38_143685_box7_Incident_Summaries_1-100
Agency: Department of War
Page 151
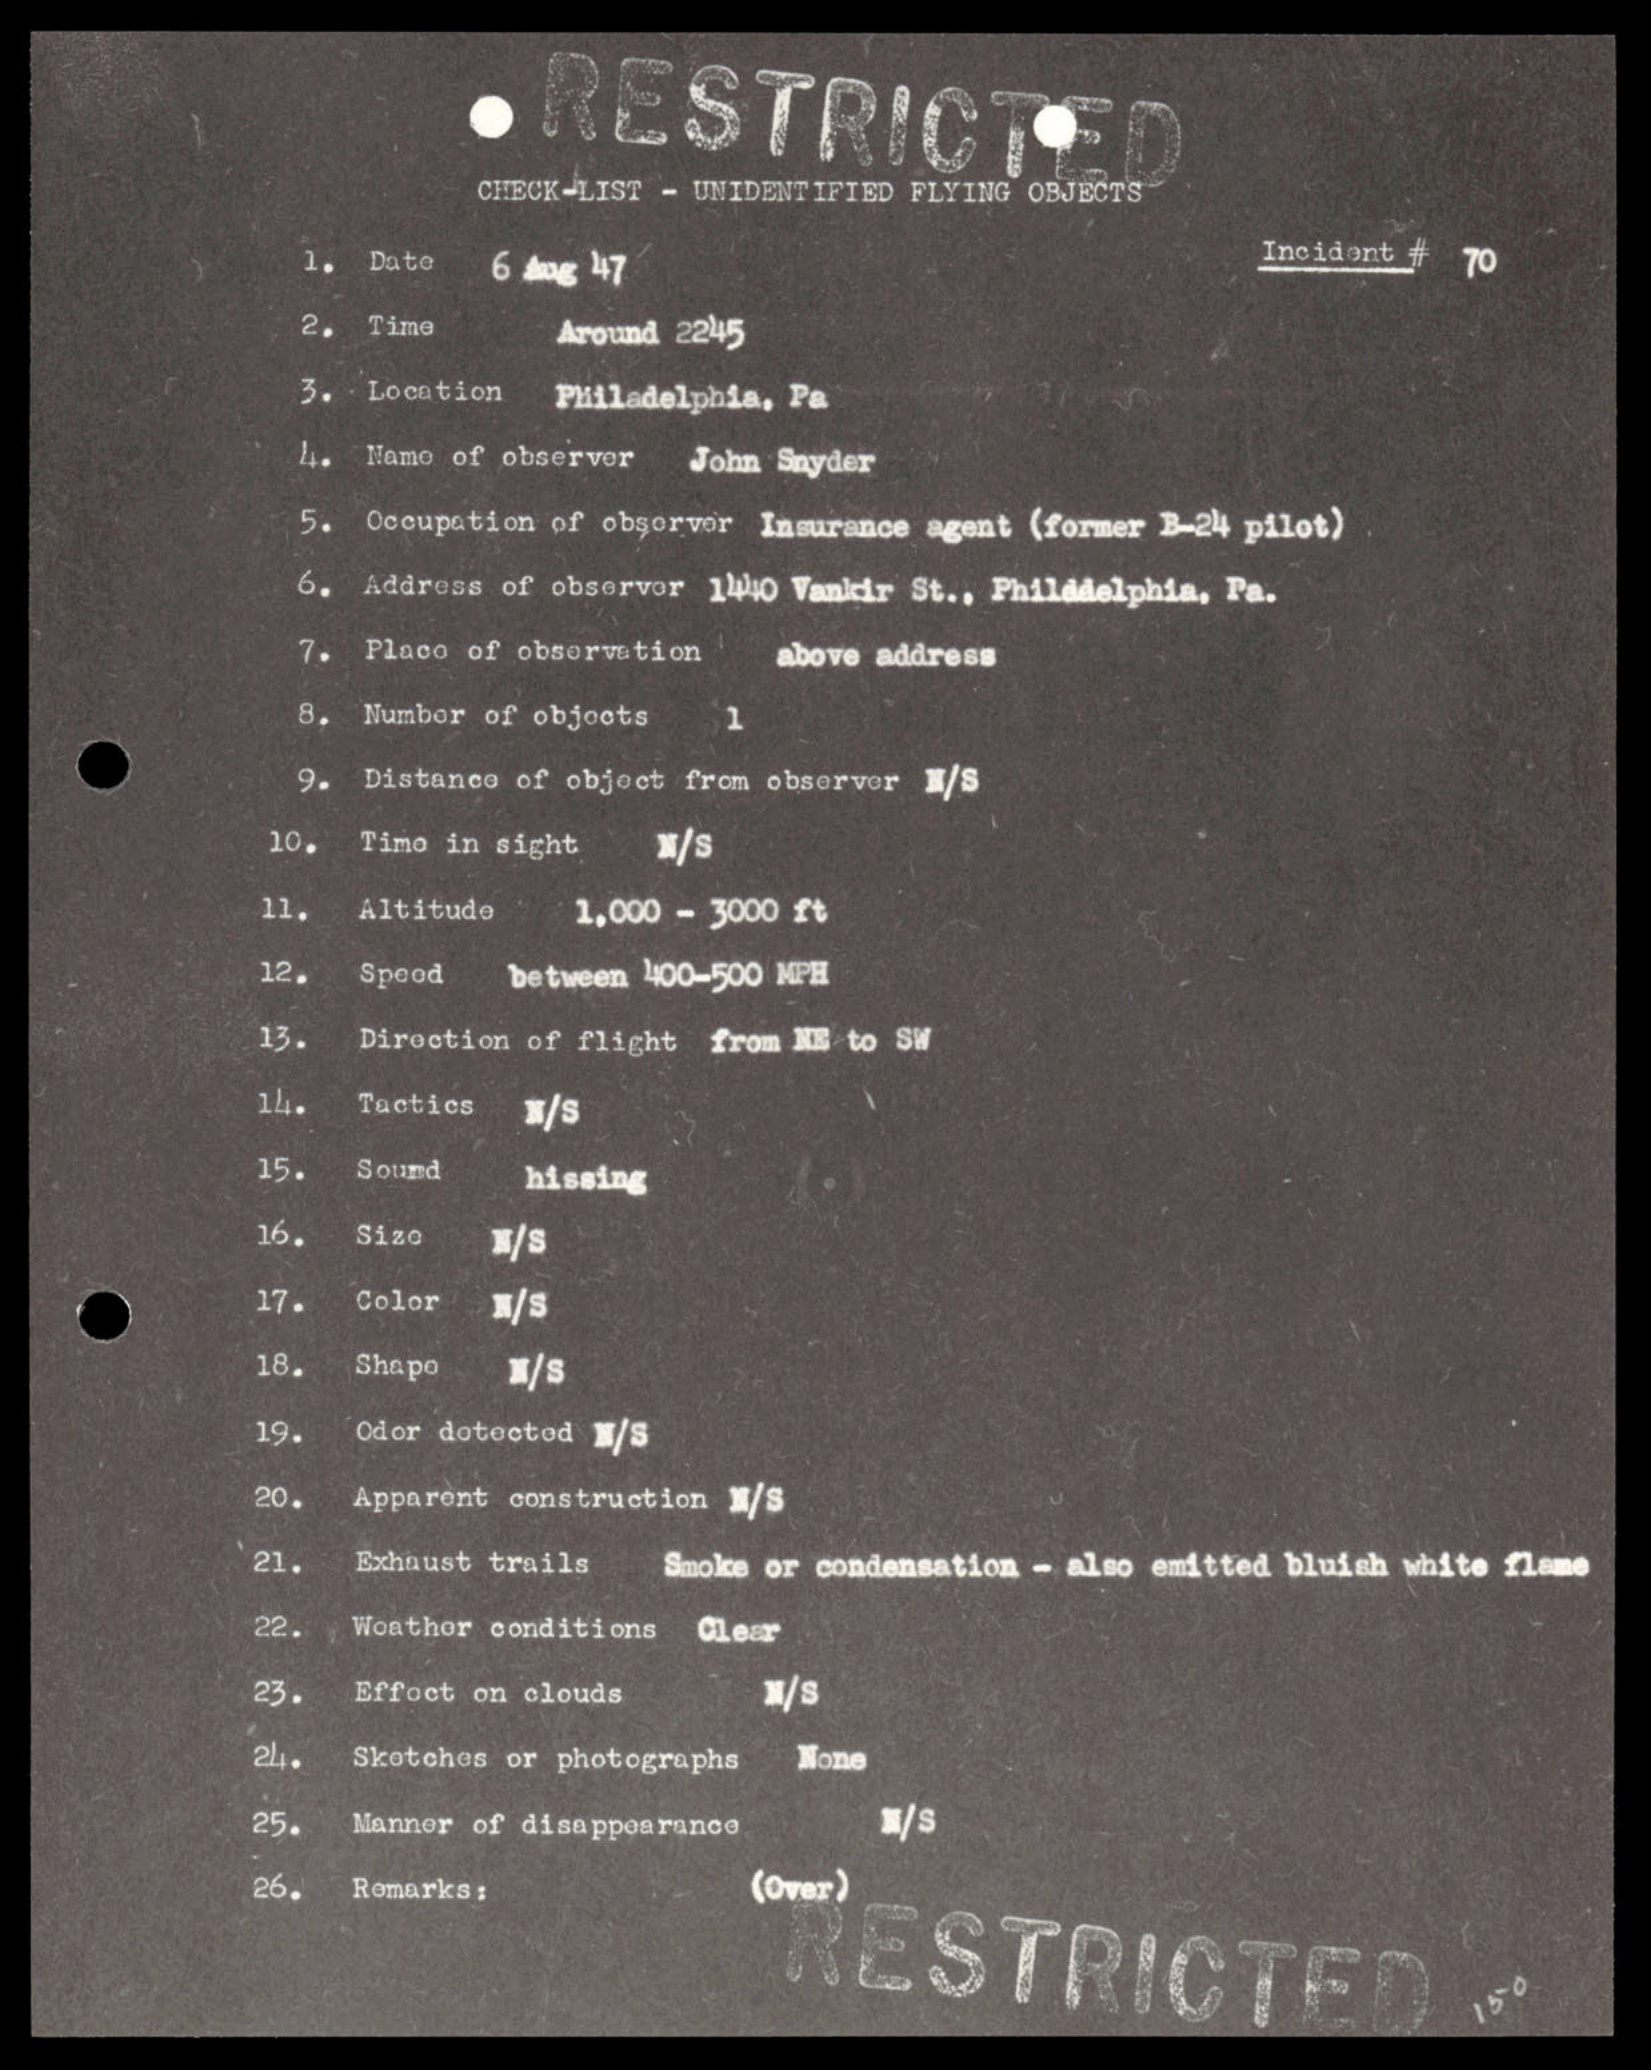